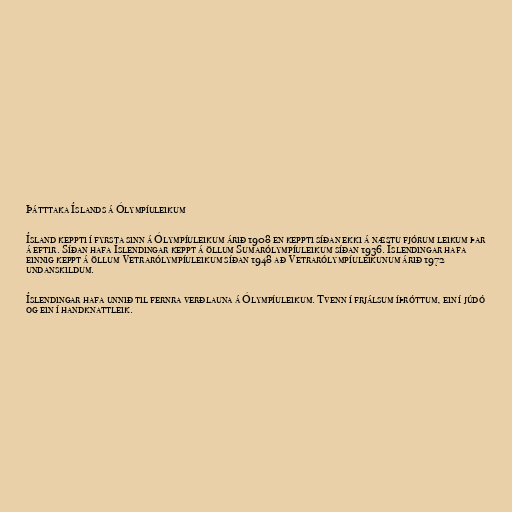
Þátttaka Íslands á Ólympíuleikum

Ísland keppti í fyrsta sinn á Ólympíuleikum árið 1908 en keppti síðan ekki á næstu fjórum leikum þar
á eftir. Síðan hafa Íslendingar keppt á öllum Sumarólympíuleikum síðan 1936. Íslendingar hafa
einnig keppt á öllum Vetrarólympíuleikum síðan 1948 að Vetrarólympíuleikunum árið 1972
undanskildum.

Íslendingar hafa unnið til fernra verðlauna á Ólympíuleikum. Tvenn í frjálsum íþróttum, ein í júdó
og ein í handknattleik.